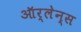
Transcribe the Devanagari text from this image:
ऑर्लेन्स